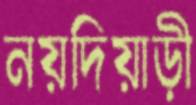
নয়দিয়াড়ী